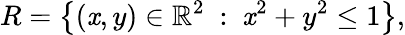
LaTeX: R=\left\{ (\mathit{x},y)\in\mathbb{{R}}^{2}\ :\ \mathit{x}^{2}+y^{2}\leq1\right\} ,